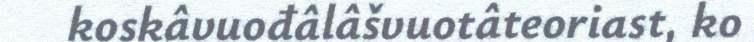
koskâvuođâlâšvuotâteoriast, ko